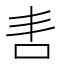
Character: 𭇈